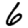
Digit: 6